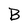
Character: B